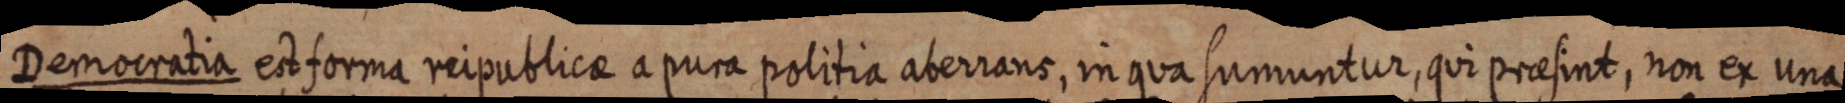
Democratia est forma reipublicae a pura politia aberrans, in qua sumuntur, qui praesint, non ex una